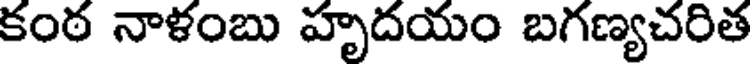
కంఠ నాళంబు హృదయం బగణ్యచరిత